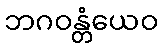
ဘဂဝန္တံယေဝ